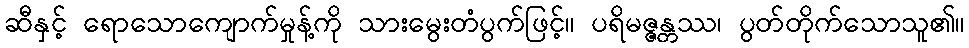
ဆီနှင့် ရောသောကျောက်မှုန့်ကို သားမွေးတံပွက်ဖြင့်။ ပရိမဇ္ဇန္တဿ၊ ပွတ်တိုက်သောသူ၏။